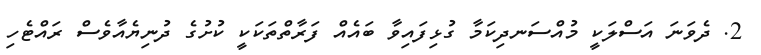
2. ދެވަނަ އަސްލަކީ މުއްސަނދިކަމާ ގުޅިފައިވާ ބައެއް ފަރާތްތަކަކީ ކުށުގެ ދުނިޔެއާވެސް ރައްޓެހި